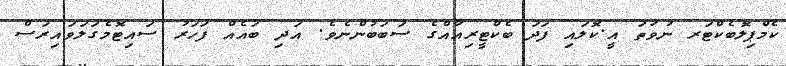
ކެމްޕިލޮބެކްޓަރ ނުވަތަ އީ.ކޮލައި ފަދަ ބެކްޓީރިއާއްގެ ސަބަބުންނެވެ. އަދި ބައެއް ފަހަރު ސައިޓޮމެގަލަވައިރަސް